Epidemic dropsy in Calcutta - Number 45
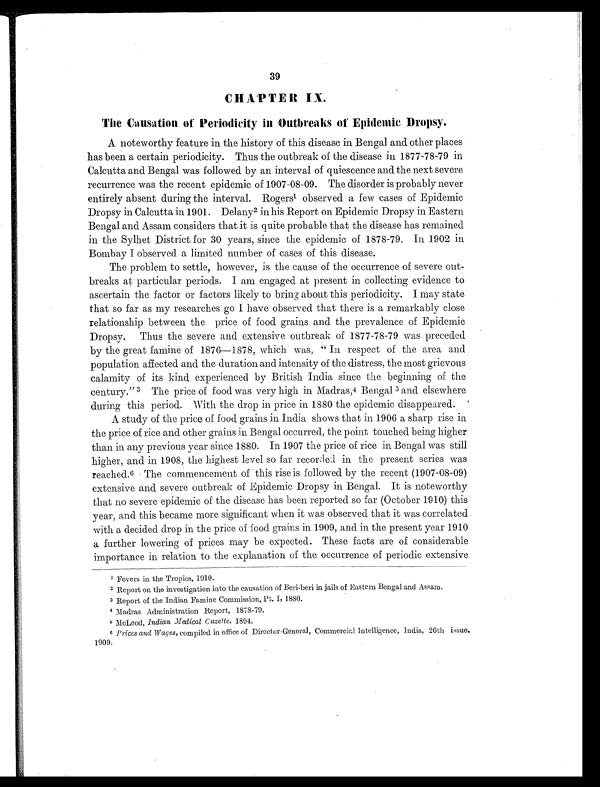
39
CHAPTER IX.
The Causation of Periodicity in Outbreaks of Epidemic Dropsy.
A noteworthy feature in the history of this disease in Bengal and other places
has been a certain periodicity. Thus the outbreak of the disease in 1877-78-79 in
Calcutta and Bengal was followed by an interval of quiescence and the next severe
recurrence was the recent epidemic of 1907-08-09. The disorder is probably never
entirely absent during the interval. Rogers1 o b s e r v e d a f e w c a s e s o f E p i d e m i c
Dropsy in Calcutta in 1901. Delany 2 in his Report on Epidemic Dropsy in Eastern
Bengal and Assam considers that it is quite probable that the disease has remained
in the Sylhet District for 30 years, since the epidemic of 1878-79. In 1902 in.
Bombay I observed a limited number of cases of this disease.
The problem to settle, however, is the cause of the occurrence of severe out-
breaks at particular periods. I am engaged at present in collecting evidence to
ascertain the factor or factors likely to bring about this periodicity. I may state
that so far as my researches go I have observed that there is a remarkably close
relationship between the price of food grains and the prevalence of Epidemic
Dropsy. Thus the severe and extensive outbreak of 1877-78-79 was preceded
by the great famine of 1876—1878, which was, " In respect of the area and
population affected and the duration and intensity of the distress, the most grievous
calamity of its kind experienced by British India since the beginning of the
century. " 3 The price of food was very high in Madras, 4 Bengal 5 and elsewhere
during this period. With the drop in price in 1880 the epidemic disappeared.
A study of the price of food grains in India shows that in 1906 a sharp rise in
the price of rice and other grains in Bengal occurred, the point touched being higher
than in any previous year since 1880. In 1907 the price of rice in Bengal was still
higher, and in 1908, the highest level so far recorded in the present series was
reached.6 The commencement of this rise is followed by the recent (1907-08-09)
extensive and severe outbreak of Epidemic Dropsy in Bengal. It is noteworthy
that no severe epidemic of the disease has been reported so far (October 1910) this
year, and this became more significant when it was observed that it was correlated
with a decided drop in the price of food grains in 1909, and in the present year 1910
a further lowering of prices may be expected. These facts are of considerable
importance in relation to the explanation of the occurrence of periodic extensive
1 Fevers in the Tropics, 1910.
2 Report on the investigation into the causation of Beri-beri in jails of Eastern Bengal and Assam.
3Report of the Indian Famine Commission, Pt. I, 1880.
4Madras Administration Report, 1878-79.
5McLeod, Indian Medical Cazette, 1894.
6 Prices and Wages, compiled in office of Director-General, Commercial Intelligence, India, 26th issue,
1909.